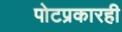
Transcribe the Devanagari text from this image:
पोटप्रकारही